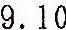
9.10